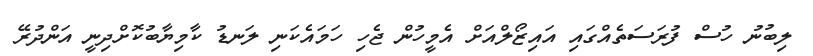
ލިބުނު ހުސް ފުރަސަތެއްގައި އައިޒޯލްއަށް އެމީހުން ޖެހި ހަމައެކަނި ލަނޑު ކާމިޔާބުކޮށްދިނީ އަންދުރޭ